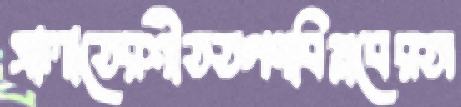
সালাতেরশীততগণবিপ্লবেরঅ